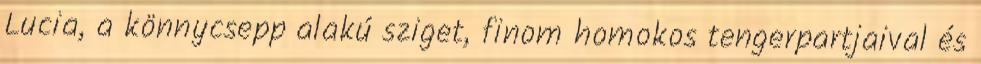
Lucia, a könnycsepp alakú sziget, finom homokos tengerpartjaival és